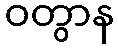
ဝတွာန